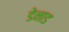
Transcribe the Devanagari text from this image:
डेनाड